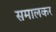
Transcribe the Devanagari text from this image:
समालकर